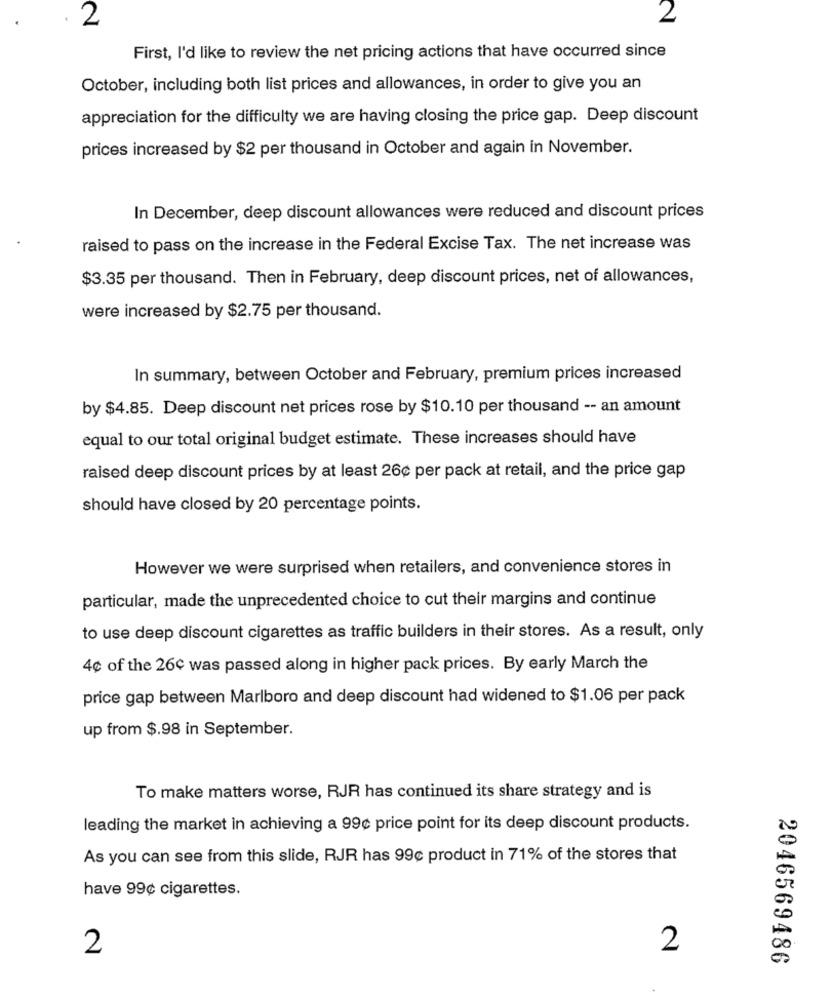
2
2
First, I'd like to review the net pricing actions that have occurred since
October, including both list prices and allowances, in order to give you an
appreciation for the difficulty we are having closing the price gap. Deep discount
prices increased by $2 per thousand in October and again in November.
In December, deep discount allowances were reduced and discount prices
raised to pass on the increase in the Federal Excise Tax. The net increase was
$3.35 per thousand. Then in February, deep discount prices, net of allowances,
were increased by $2.75 per thousand.
In summary, between October and February, premium prices increased
by $4.85. Deep discount net prices rose by $10.10 per thousand -- an amount
equal to our total original budget estimate. These increases should have
raised deep discount prices by at least 26¢ per pack at retail, and the price gap
should have closed by 20 percentage points.
However we were surprised when retailers, and convenience stores in
particular, made the unprecedented choice to cut their margins and continue
to use deep discount cigarettes as traffic builders in their stores. As a result, only
4¢ of the 26c was passed along in higher pack prices. By early March the
price gap between Marlboro and deep discount had widened to $1.06 per pack
up from $.98 in September.
To make matters worse, RJR has continued its share strategy and is
leading the market in achieving a 99¢ price point for its deep discount products.
As you can see from this slide, RJR has 99c product in 71% of the stores that
have 99¢ cigarettes.
2
2
2046569486